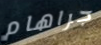
جراهام